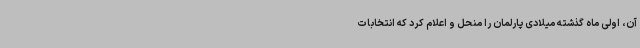
آن، اولی ماه گذشته میلادی پارلمان را منحل و اعلام کرد که انتخابات